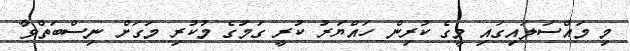
މި މައްސަލައިގައި މީގެ ކުރިން ހައްޔަރު ކުރީ ގަމުގެ މުކުރި މަގަށް ނިސްބަތްވާ